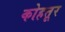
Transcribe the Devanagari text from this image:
कोहतूर